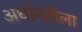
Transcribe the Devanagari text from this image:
अधोगतीला